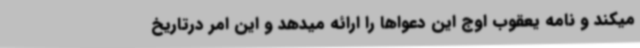
میکند و نامه یعقوب اوج این دعواها را ارائه میدهد و این امر درتاریخ